Indian journal of veterinary science and animal husbandry - Volume 3,
Year: 1933
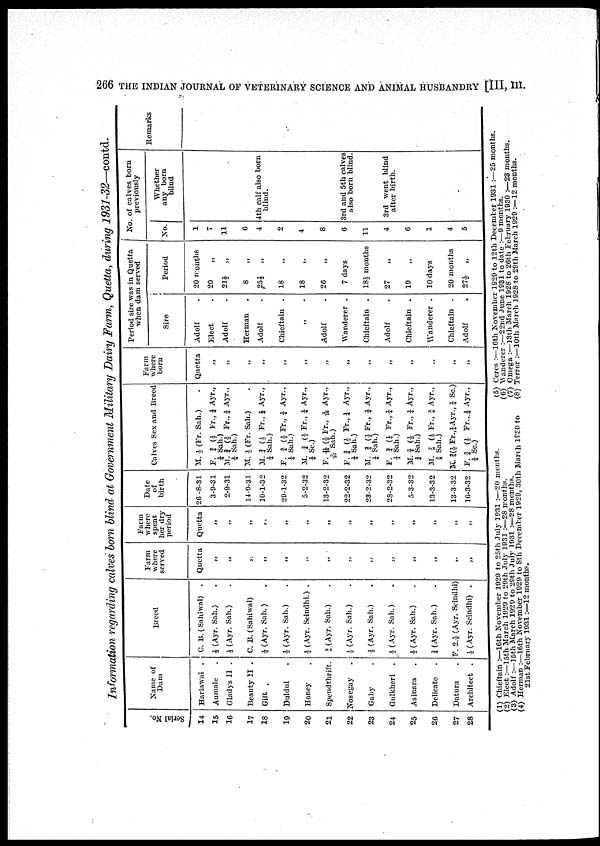
266 THE INDIAN JOURNAL 0F VETERINARY SCIENCE AND ANIMAL HUSBANDRY [III, HI.
Information regarding calves born blind at Government Military Dairy Farm, Quetta, during 1931-32—contd.
Serial No.
14
15
16
17
18
19
20
21
22
23
24
25
26
27
28
Name of
Dam
Hariawal .
Aumale .
Gladys II .
Beauty II .
Gift .
Duldul .
Honey .
Spendthrift.
Nosegay .
Gaby .
Gulkheri .
Asinara .
Delicate .
Datura .
Architect .
Breed
C. B. (Sahiwal) .
½ (Ayr. Sah.) .
½ (Ayr. Sah.) .
C. B. (Sahiwal) .
½ (Ayr. Sah.) .
½ (Ayr. Sah.) .
½ (Ayr. Scindhi.) .
⅜ (Ayr. Sah.) .
½ (Ayr. Sah.) .
½ (Ayr. Sah.) .
½ (Ayr. Sah.) .
½ (Ayr. Sah.) .
¾ (Ayr. Sah.) .
F. 2½. (Ayr. Scindhi)
½ (Ayr. Scindhi) .
Farm
where
served
Quetta
„
„
„
„
„
„
„
„
„
„
„
„
„
„
Farm
where
spent
her dry
period
Quetta
„
„
„
„
„
„
„
„
„
„
„
„
„
„
Date
of
birth
26-8-31
3-9-31
2-9-31
14-9-31
10-1-32
29-1-32
5-2-32
13-2-32
22-2-32
23-2-32
28-2-32
5-3-32
13-3-32
13-3-32
16-3-32
Calves Sex and Breed
M. ½ (Fr. Sah.) .
F. ¾ (½ Fr., ¼ Ayr.,
¼ Sah.)
M. ¾ (½ Fr., ¼ Ayr.,
¼ Sah.)
M. ½ (Fr. Sah.)
M. ¾ (½ Fr., ¼ Ayr.,
¼ Sah.)
F. ¾ (½ Fr., ¼ Ayr.,
¼ Sah.)
M. ¾ (½ Fr., ¼ Ayr.,
¼ Sc.)
F. 11/16 (½ Fr., 3/16 Ayr.,
3/16 Sah.)
F. ¾ (½ Fr., ¼ Ayr.,
¼ Sah.)
M. ¾ (½ Fr., ¼ Ayr.,
¼ Sah.)
F. ¾ (¼ Fr., ¼ Ayr.,
¼ Sah.)
M. ¾ (½ Fr., ¼ Ayr.,
¼ Sah.)
M. 7/8 (½ Fr., 3/8 Ayr.,
⅛ Sah.)
M. ¾ (½ Fr.,¼ Ayr., ¼ Sc.)
F. ¾ (½ Fr., ¼ Ayr.,
¼ Sc.)
Farm
where
born
Quetta
„
„
„
„
„
„
„
„
„
„
„
„
„
„
Period sire was in Quetta
when dam served
Sire
Adolf .
Elect .
Adolf .
Herman .
Adolf .
Chieftain .
„ .
Adolf .
Wanderer .
Chieftain .
Adolf .
Chieftain .
Wanderer .
Chieftain .
Adolf .
Period
20 months
20 „
21½ „
8 „
25 ½ „
18 „
18 „
26 „
7 days
18½ months
27 „
19 „
10 days
20 months
27½ „
No. of calves born
previously
No.
1
7
11
6
4
2
4
8
6
11
4
6
1
4
5
Whether
any born
blind
4th calf also born
blind.
3rd and 5th calves
also born blind.
3rd went blind
after birth.
Remarks
(1) Chieftain :—16th November 1929 to 25th July 3 931 :—20 months.
(5) Ceres :—16th November 1929 to 12th December 1931 :—25 months.
(2) Elect :—15th March 1929 to 29th July 1931
:—28
months.
(6) Wanderer :—22nd June 1931 to date :—9 months.
(3) Adolf :—15th March 1929 to 29th July 1931 :—28 months.
(7) Omega :—13th March 1928 to 26th February 1930 :—23 months.
(4) Herman :—16th November 1929 to 8th December 1929, 30th March 1930 to
(8) Terror :—10th March 1928 to 29th March 1929 :—12 months.
21st February 1931 :—12 months.